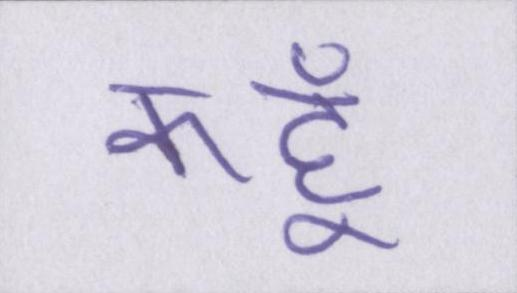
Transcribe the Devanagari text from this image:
कहूँ